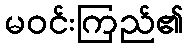
မဝင်းကြည်၏